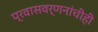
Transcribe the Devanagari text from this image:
प्रवासवर्णनांचीही